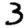
Digit: 3